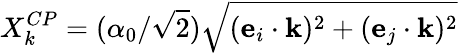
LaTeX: X_{k}^{CP}=(\alpha_{0}/\sqrt{2})\sqrt{(\mathbf{e}_{i}\cdot\mathbf{k})^{2}+(\mathbf{e}_{j}\cdot\mathbf{k})^{2}}